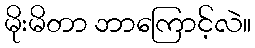
မိုးမိတာ ဘာကြောင့်လဲ။